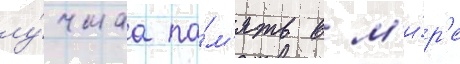
лу́чшаа па́м'ять в м'и́р'е